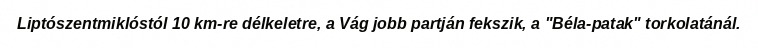
Liptószentmiklóstól 10 km-re délkeletre, a Vág jobb partján fekszik, a "Béla-patak" torkolatánál.